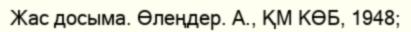
Жас досыма. Өлеңдер. А., ҚМ КӨБ, 1948;